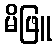
မိဖြူ